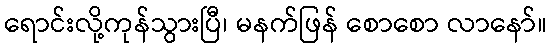
ရောင်းလို့ကုန်သွားပြီ၊ မနက်ဖြန် စောစော လာနော်။